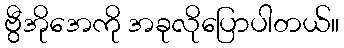
ဗွီအိုအေကို အခုလိုပြောပါတယ်။